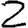
Digit: 2